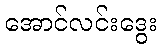
အောင်လင်းဒွေး